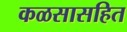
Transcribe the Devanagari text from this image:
कळसासहित